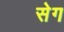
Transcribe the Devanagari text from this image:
सेग